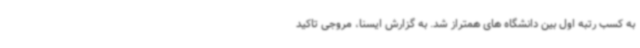
به کسب رتبه اول بین دانشگاه های همتراز شد. به گزارش ایسنا، مروجی تاکید